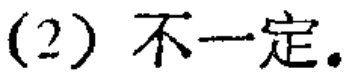
(2) 不一定.